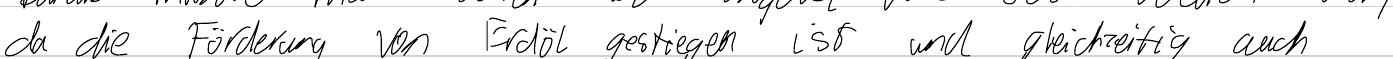
da die Förderung von Erdöl gestiegen ist und gleichzeitig auch